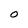
Character: O